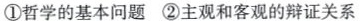
①哲学的基本问题②主观和客观的辩证关系